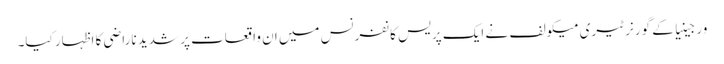
ورجینیا کے گورنر ٹیری میکولف نے ایک پریس کانفرنس میں ان واقعات پر شدید ناراضی کا اظہار کیا۔